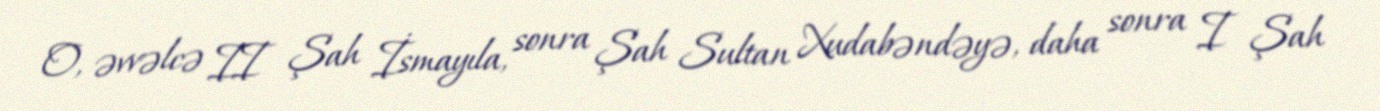
O, əvvəlcə II Şah İsmayıla, sonra Şah Sultan Xudabəndəyə, daha sonra I Şah